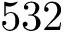
5 3 2